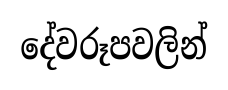
දේවරූපවලින්